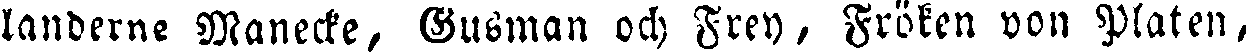
landerne Manecke, Gusman och Frey, Fröken von Platen,